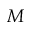
M